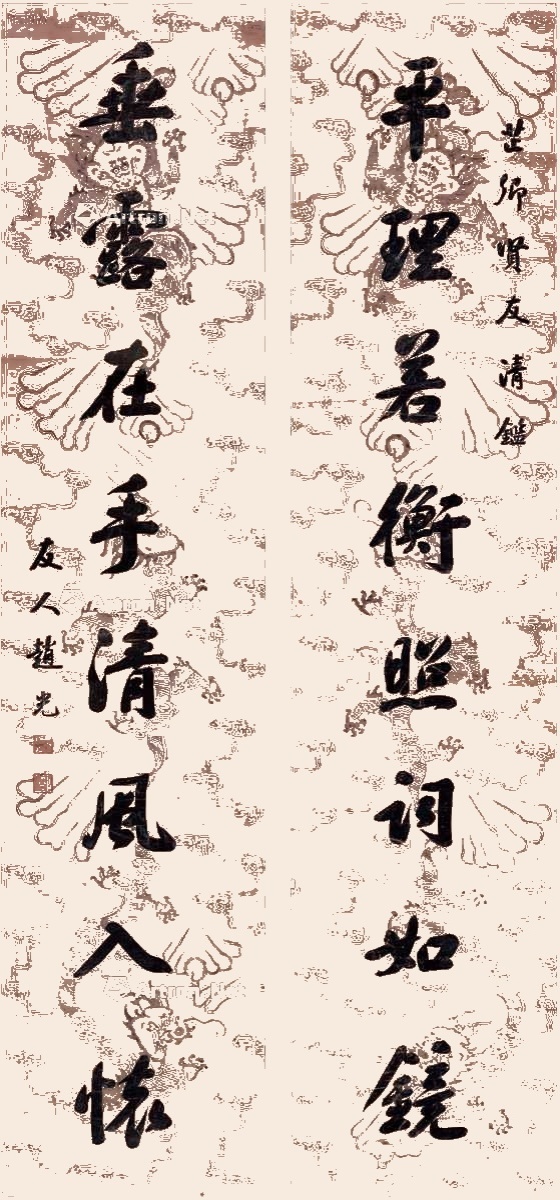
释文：平理若衡照词如镜，垂露在手清风入怀。芷卿贤友清鉴，友人赵光。